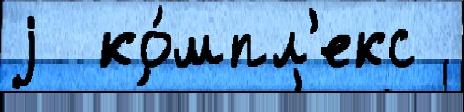
j  ко́мпл'екс